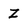
Character: Z